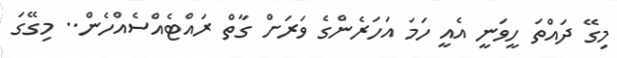
މިގޭ ދައްތަ ހީވަނީ އެއީ ހަމަ އަހަރެންގެ ވަރަށް ގާތް ރައްޓެއްސެއްހެން.. މިގޭގަ